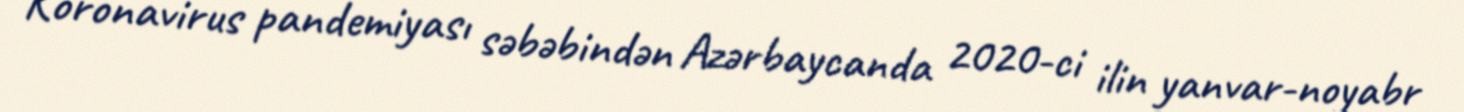
Koronavirus pandemiyası səbəbindən Azərbaycanda 2020-ci ilin yanvar-noyabr